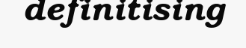
definitising